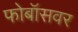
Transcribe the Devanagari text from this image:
फोबॉसवर